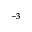
^ { - 3 }